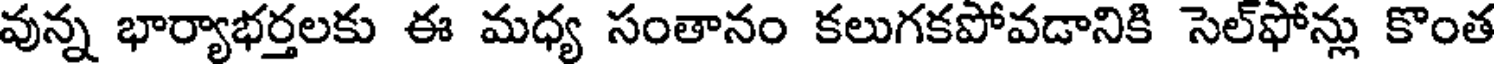
వున్న భార్యాభర్తలకు ఈ మధ్య సంతానం కలుగకపోవడానికి సెల్ఫోన్లు కొంత